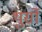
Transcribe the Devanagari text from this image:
थुर्सो